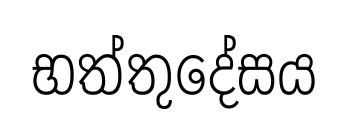
භත්තුදේසය